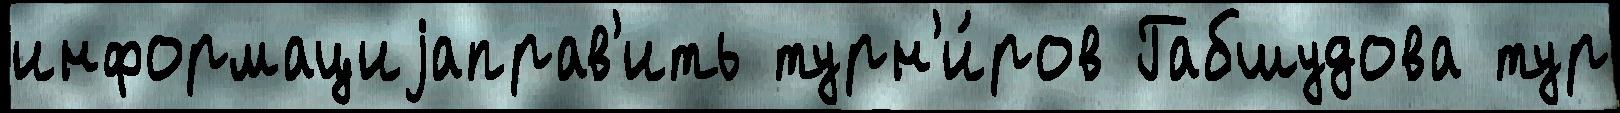
информациjаправ'ить турн'и́ров Габшудова тур